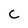
Character: C